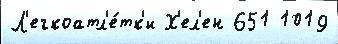
Л'егкоатл'е́тк'и Х'ел'ен 651 1019